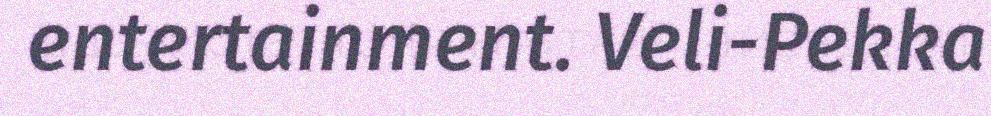
entertainment. Veli-Pekka